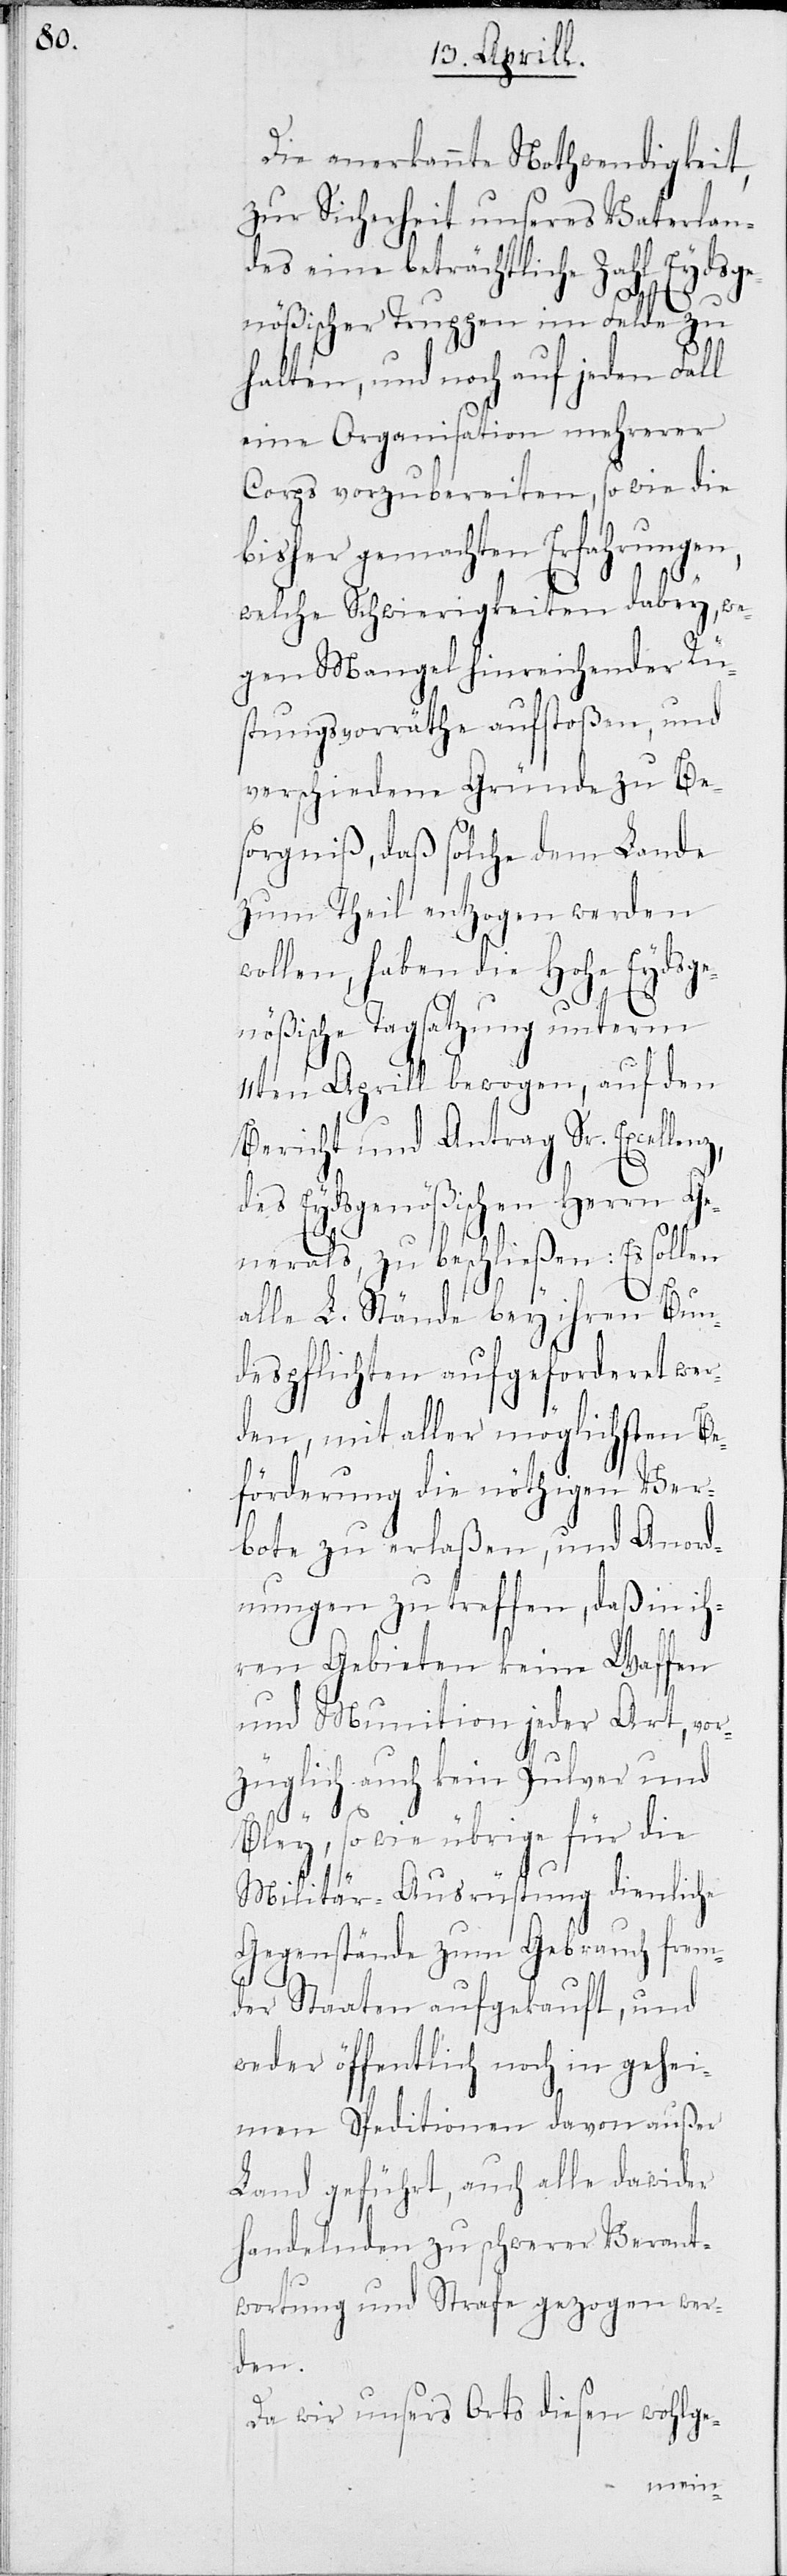
Die anerkannte Nothwendigkeit,
zur Sicherheit unseres Vaterlan¬
des eine beträchtliche Zahl Eydsge¬
nößischer Truppen im Felde zu
halten, und noch auf jeden Fall
eine Organisation mehrerer
Corps vorzubereiten, so wie die
bisher gemachten Erfahrungen,
welche Schwierigkeiten dabey, we¬
gen Mangel hinreichender Rü¬
stungsvorräthe aufstoßen, und
verschiedene Gründe zu Be¬
sorgniß, daß solche dem Lande
zum Theil entzogen werden
wollen, haben die Hohe Eydsge¬
nößische Tagsatzung unterm
11ten Aprill bewogen, auf den
Bericht und Antrag Sr. Excel¬
des Eydsgenößischen Herrn Ge¬
nerals, zu beschließen: Es sollen
alle L. Stände bey ihren Bun¬
despflichten aufgeforderet wer¬
den, mit aller möglichsten Be¬
förderung die nöthigen Ver¬
bote zu erlaßen, und Anord¬
nungen zu treffen, daß in ih¬
ren Gebieten keine Waffen
und Munition jeder Art, vor¬
züglich auch kein Pulver und
lenz,
Bley, so wie übrige für die
Militär-Ausrüstung dienliche
Gegenstände zum Gebrauch frem¬
der Staaten aufgekauft, und
weder öffentlich noch in gehei¬
men Speditionen davon außer
Land geführt, auch alle dawider
handelnden zu schwerer Verant¬
wortung und Strafe gezogen wer¬
den.
Da wir unsers Orts diesen wohlge-